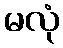
မလုံ